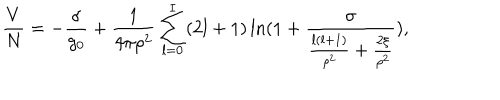
\frac { V } { N } = - \frac { \sigma } { g _ { 0 } } + \frac { 1 } { 4 \pi \rho ^ { 2 } } \sum _ { l = 0 } ^ { I } ( 2 l + 1 ) \ln ( 1 + \frac { \sigma } { \frac { l ( l + 1 ) } { \rho ^ { 2 } } + \frac { 2 \xi } { \rho ^ { 2 } } } ) ,